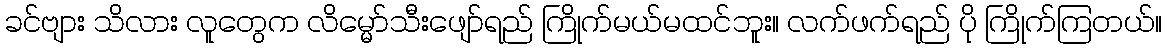
ခင်ဗျား သိလား လူတွေက လိမ္မော်သီးဖျော်ရည် ကြိုက်မယ်မထင်ဘူး။ လက်ဖက်ရည် ပို ကြိုက်ကြတယ်။